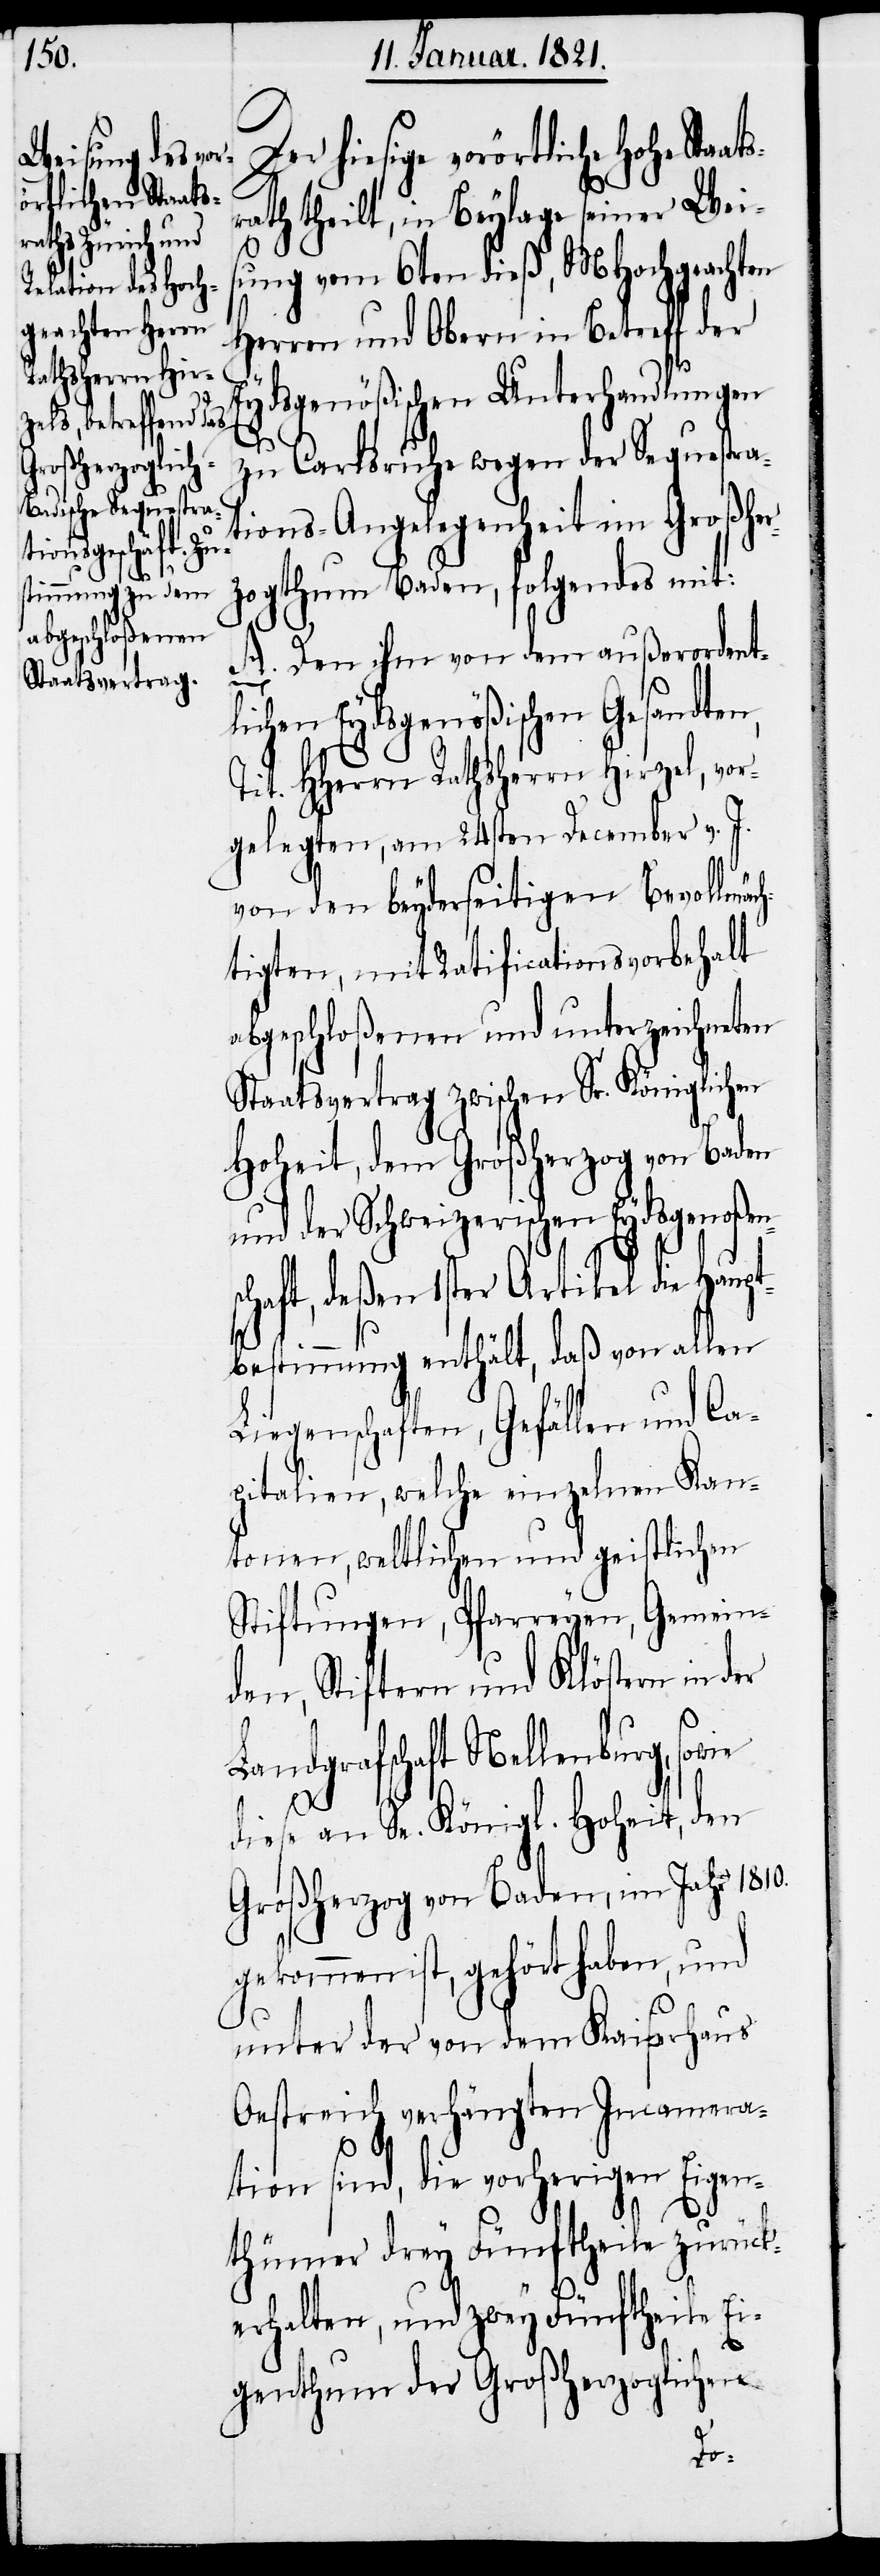
ts¬

Der hiesige vorörtliche hohe Staa¬
rath theilt, in Beylage seiner Weis¬
ung vom 6ten dieß, MHochgeachten
Herren und Obern in Betreff der
Eydsgenößischen Unterhandlungen
zu Carlsruhe wegen der Sequestra¬
tions-Angelegenheit im Großher¬
zogthum Baden, folgendes mit:
A. Den ihm von dem außerordent¬
lichen Eydsgenößischen Gesandten,
Tit. HHerrn Rathsherrn Hirzel, vor¬
gelegten, am 24sten December v. J.
von den beyderseitigen Bevollmäch¬
tigten, mit Ratificationsvorbehalt
abgeschloßenen und unterzeichneten
Staatsvertrag zwischen Sr. Königlichen
Hoheit, dem Großherzog von Baden
und der Schweizerischen Eydsgenoßen¬
schaft, deßen 1ster Artikel die Haupt¬
bestimmung enthält, daß von allen
Liegenschaften, Gefällen und Ca¬
pitalien, welche einzelnen Kan¬
tonen, weltlichen und geistlichen
Stiftungen, Pfarreyen, Gemein¬
den, Stiften und Klöstern in der
Landgrafschaft Nellenburg, sowie
diese an Sr. Königl. Hoheit, den
Großherzog von Baden, im Jahr 1810.
gekommen ist, gehört haben, und
unter der von dem Kaiserhaus
Oestreich verhängten Incamera¬
tion sind, die vorherigen Eigen¬
thümer drey Fünftheile zurück¬
erhalten, und zwey Fünftheile Ei¬
genthum der Großherzoglichen